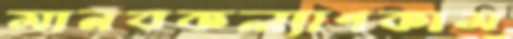
মানবকল্যাণকাম